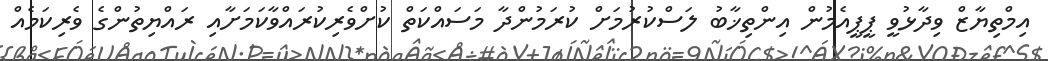
އިމްތިޔާޒް ވިދާޅުވީ ޕީޕީއެމުން އިންތިޚާބު ލަސްކުރުމަށް ކުރަމުންދާ މަސައްކަތް ކުށްވެރިކުރައްވާކަމަށާއި ރައްޔިތުންގެ ވެރިކަމެއް